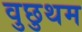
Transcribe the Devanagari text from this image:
वुछुथम